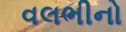
વલભીનો